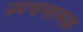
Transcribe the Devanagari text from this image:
प्रवचनात्मक